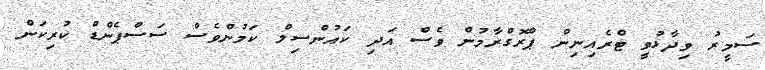
ސަމީރު ވިދާޅުވީ ޓްރެއިނިން ޕްރޮގްރާމުން ވެސް އަދި ކައުންސިލް ކަމުންވެސް ސަސްޕެންޑް ކުރިކަން